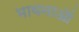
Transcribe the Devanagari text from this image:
भावनाऒं